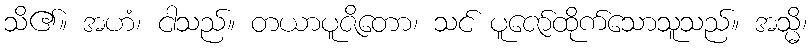
သိ၏။ အဟံ၊ ငါသည်။ တယာပူဇိတော၊ သင် ပူဇော်ထိုက်သောသူသည်။ အသ္မိ၊